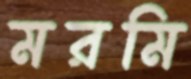
মরমি